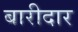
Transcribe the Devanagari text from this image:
बारीदार